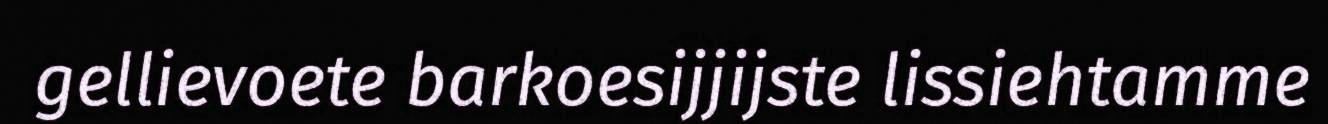
gellievoete barkoesijjijste lissiehtamme